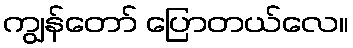
ကျွန်တော် ပြောတယ်လေ။